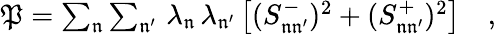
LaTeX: \begin{array}{r}{\mathfrak{P}=\sum_{\mathfrak{n}}\sum_{\mathfrak{n^{\prime}}}\, \lambda_{\mathfrak{n}}\, \lambda_{\mathfrak{n^{\prime}}}\, \big[(S_{\mathfrak{n}\mathfrak{n^{\prime}}}^{-})^{2}+(S_{\mathfrak{n}\mathfrak{n^{\prime}}}^{+})^{2}\big]\quad,}\end{array}